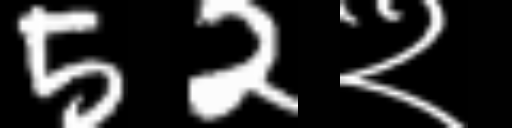
Text: 52२